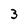
Character: 3